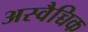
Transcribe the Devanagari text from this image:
अस्वैच्चिक